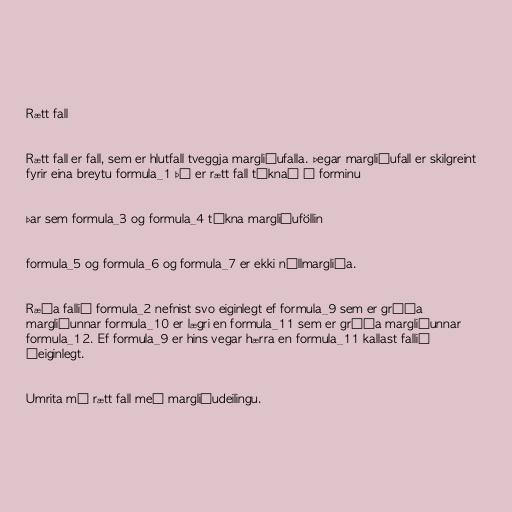
Rætt fall

Rætt fall er fall, sem er hlutfall tveggja margliðufalla. Þegar margliðufall er skilgreint
fyrir eina breytu formula_1 þá er rætt fall táknað á forminu

þar sem formula_3 og formula_4 tákna margliðuföllin

formula_5 og formula_6 og formula_7 er ekki núllmargliða.

Ræða fallið formula_2 nefnist svo eiginlegt ef formula_9 sem er gráða
margliðunnar formula_10 er lægri en formula_11 sem er gráða margliðunnar
formula_12. Ef formula_9 er hins vegar hærra en formula_11 kallast fallið
óeiginlegt.

Umrita má rætt fall með margliðudeilingu.